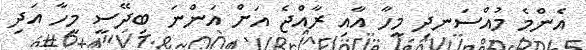
އެންމެ މުއްސަނދި މީހާ އާއި ރާއްޖެ އަށް އަންނަ ބިދޭސީ މީހާ އަދި